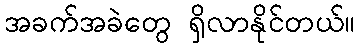
အခက်အခဲတွေ ရှိလာနိုင်တယ်။